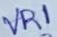
Text: VR1